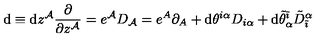
\mathrm { d } \equiv \mathrm { d } z ^ { { \cal A } } \frac { \partial } { \partial z ^ { { \cal A } } } = e ^ { { \cal A } } D _ { { \cal A } } = e ^ { A } \partial _ { A } + \mathrm { d } \theta ^ { i \alpha } D _ { i \alpha } + \mathrm { d } \tilde { \theta } _ { \alpha } ^ { \tilde { \imath } } { \tilde { D } } _ { \tilde { \imath } } ^ { \alpha }